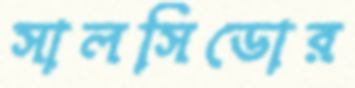
সালসিডোর